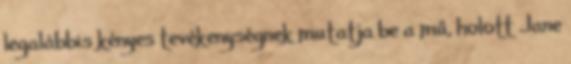
legalábbis kényes tevékenységnek mutatja be a mű, holott Jane